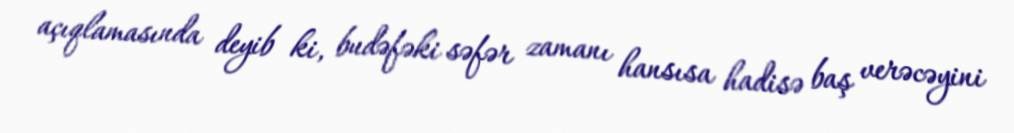
açıqlamasında deyib ki, budəfəki səfər zamanı hansısa hadisə baş verəcəyini